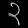
Digit: ၃